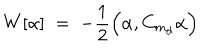
LaTeX: W [ \alpha ] \; = \; - \frac { 1 } { 2 } \Big ( \alpha , C _ { m _ { d } } \alpha \Big )